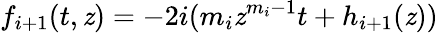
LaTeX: f_{i+1}(t,\mathit{z})=-2i(m_{i}\mathit{z}^{m_{i}-1}t+h_{i+1}(\mathit{z}))